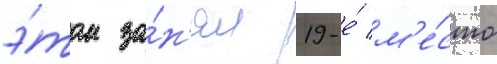
э́том за́н'ял 19-е́ м'е́сто